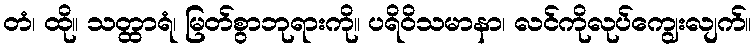
တံ၊ ထို။ သတ္ထာရံ၊ မြတ်စွာဘုရားကို။ ပရိဝိသမာနာ၊ လင်ကိုလုပ်ကျွေးလျက်။